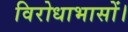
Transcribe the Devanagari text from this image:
विरोधाभासों।